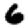
Digit: 6